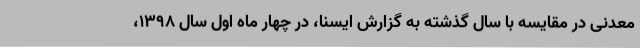
معدنی در مقایسه با سال گذشته به گزارش ایسنا، در چهار ماه اول سال 1398،